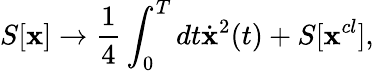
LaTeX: S[\mathbf{x}]\to\frac{{1}}{{4}}\int_{0}^{T}{dt\dot{{\mathbf{x}}}^{2}}(t)+S[\mathbf{x}^{cl}],